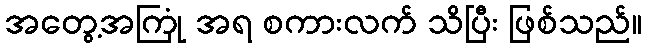
အတွေ့အကြုံ အရ စကားလက် သိပြီး ဖြစ်သည်။